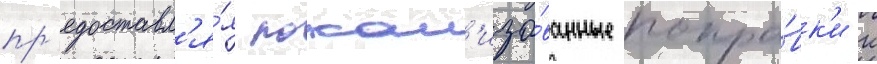
пр'едоставл'я́я локал'изо́ванные попра́вк'и к